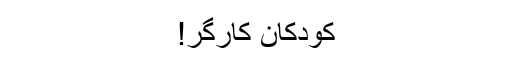
کودکان کارگر!